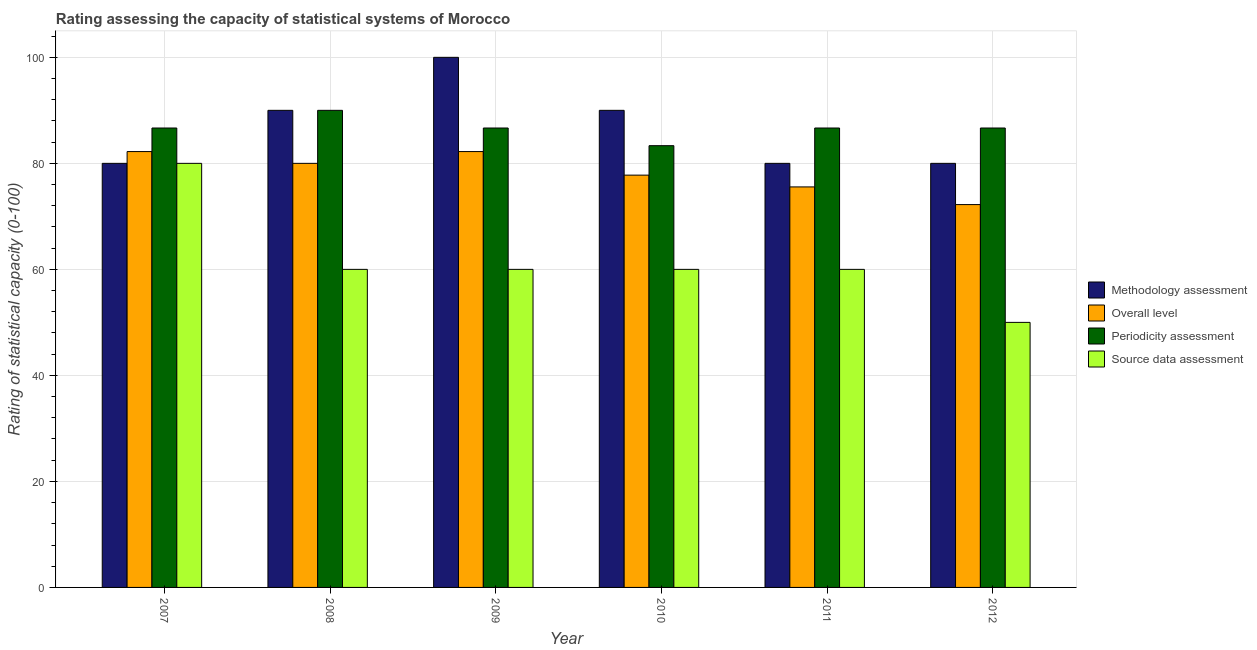
| Year | Methodology assessment | Overall level | Periodicity assessment | Source data assessment |
 | --- | --- | --- | --- | --- |
 | 2007 | 80 | 82.2 | 86.7 | 80 |
 | 2008 | 90 | 80 | 90 | 60 |
 | 2009 | 100 | 82.2 | 86.7 | 60 |
 | 2010 | 90 | 77.8 | 83.3 | 60 |
 | 2011 | 80 | 75.6 | 86.7 | 60 |
 | 2012 | 80 | 72.2 | 86.7 | 50 |